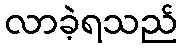
လာခဲ့ရသည်